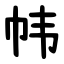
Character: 帏